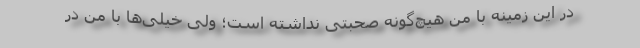
در این زمینه با من هیچ‌گونه صحبتی نداشته است؛ ولی خیلی‌ها با من در